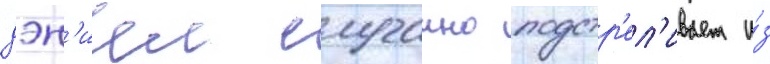
дэн'иел случаино подстр'ел'ивает и́з